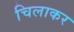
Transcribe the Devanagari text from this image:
चिलाकर